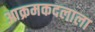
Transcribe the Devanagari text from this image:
आक्रमकदलाला